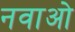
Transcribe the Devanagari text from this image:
नवाओ